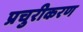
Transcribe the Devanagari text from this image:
प्रचुरीकरण